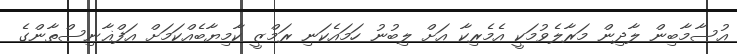
އުސާމާބިން ލާދިން މަރާލެވުމަކީ އެމެރިކާ އަށް ލިބުނު ހަމައެކަނި ރަމްޒީ ކާމިޔާބެއްކަމަށް އަފްޣާނިސްތާންގެ